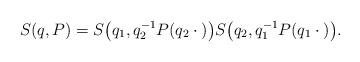
LaTeX: \begin{align*}S(q, P) = S\big(q_1, q_2^{-1} P(q_2 {\: \cdot \:})\big) S\big(q_2, q_1^{-1} P(q_1 {\: \cdot \:})\big).\end{align*}